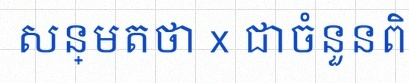
សន្មតថា x ជាចំនួនពិត